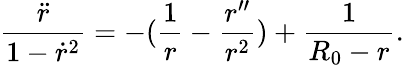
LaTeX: \frac{\ddot{r}}{1-\dot{r}^{2}}=-(\frac{1}{r}-\frac{r^{\prime\prime}}{r^{2}})+\frac{1}{R_{0}-r}.